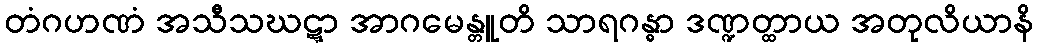
တံဂဟဏံ အသီသဃဋ္ဋာ အာဂမေန္တူတိ သာရဂန္ဓာ ဒဏ္ဍတ္ထာယ အတုလိယာနိ